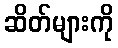
ဆိတ်များကို